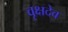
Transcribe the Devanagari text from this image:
वृक्षदेव